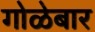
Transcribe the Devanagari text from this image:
गोळेबार